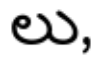
లు,